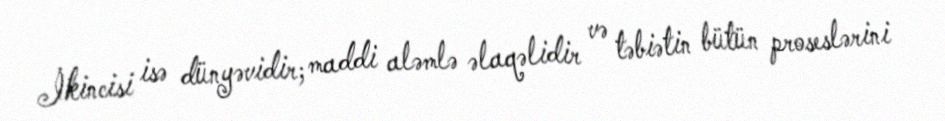
İkincisi isə dünyəvidir; maddi aləmlə əlaqəlidir və təbiətin bütün proseslərini